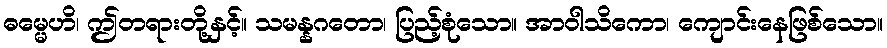
ဓမ္မေဟိ၊ ဤတရားတို့နှင့်။ သမန္နဂတော၊ ပြည့်စုံသော။ အာဝါသိကော၊ ကျောင်းနေဖြစ်သော။